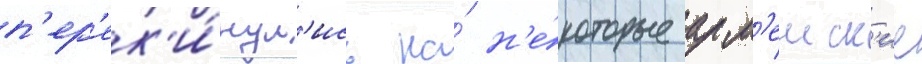
п'ер'ек'и́нул'ись на́ н'е́которые арм'еиск'ие